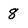
Character: 8